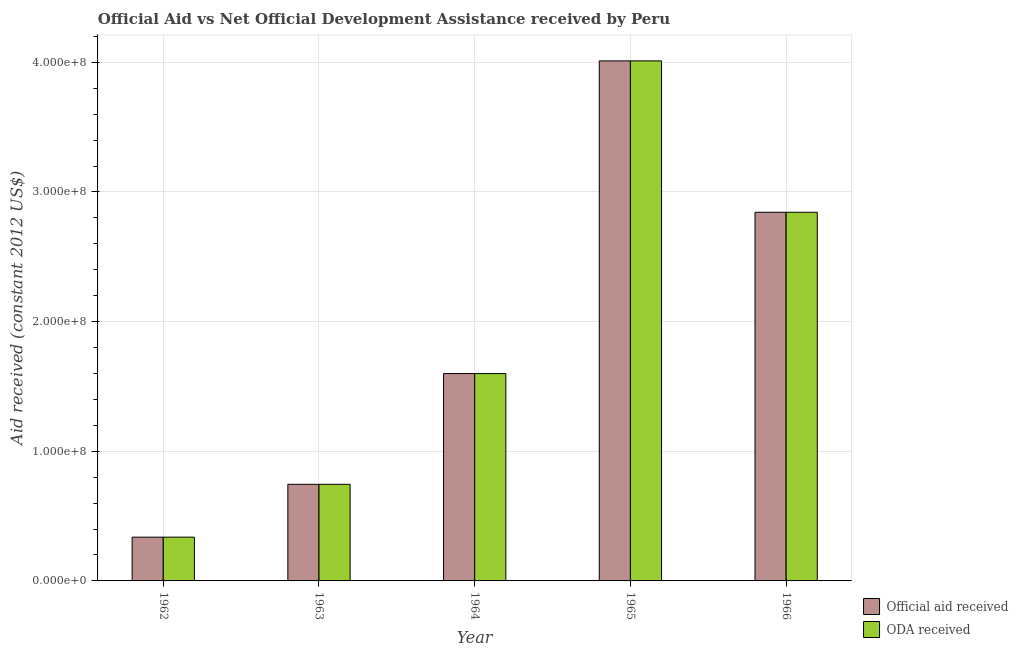
| Year | Official aid received | ODA received |
 | --- | --- | --- |
 | 1962 | 3.38e+07 | 3.38e+07 |
 | 1963 | 7.45e+07 | 7.45e+07 |
 | 1964 | 1.6e+08 | 1.6e+08 |
 | 1965 | 4.01e+08 | 4.01e+08 |
 | 1966 | 2.84e+08 | 2.84e+08 |